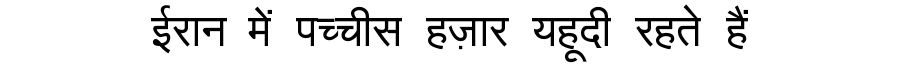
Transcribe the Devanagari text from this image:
ईरान में पच्चीस हज़ार यहूदी रहते हैं